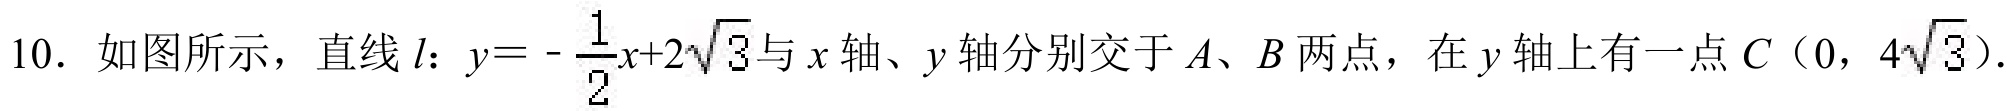
10. 如图所示，直线\(l\)：\(y = -\frac{1}{2}x + 2\sqrt{3}\)与\(x\)轴、\(y\)轴分别交于\(A、B\)两点，在\(y\)轴上有一点\(C(0,4\sqrt{3})\).